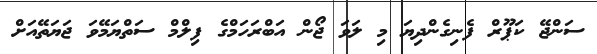
ސަންޖޭ ކަޕޫރް ފެނިގެންދިޔަ މި ލަވަ ޖޯން އަބްރަހަމްގެ ފިލްމް ސަތްޔަމޭވަ ޖަޔަތޭއަށް